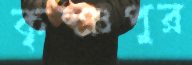
কৃষ্ঞপুর